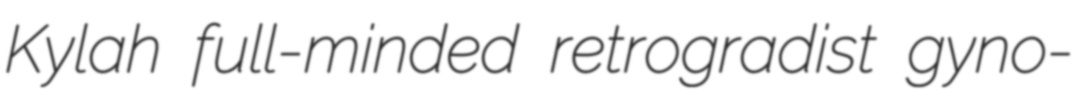
Kylah full-minded retrogradist gyno-